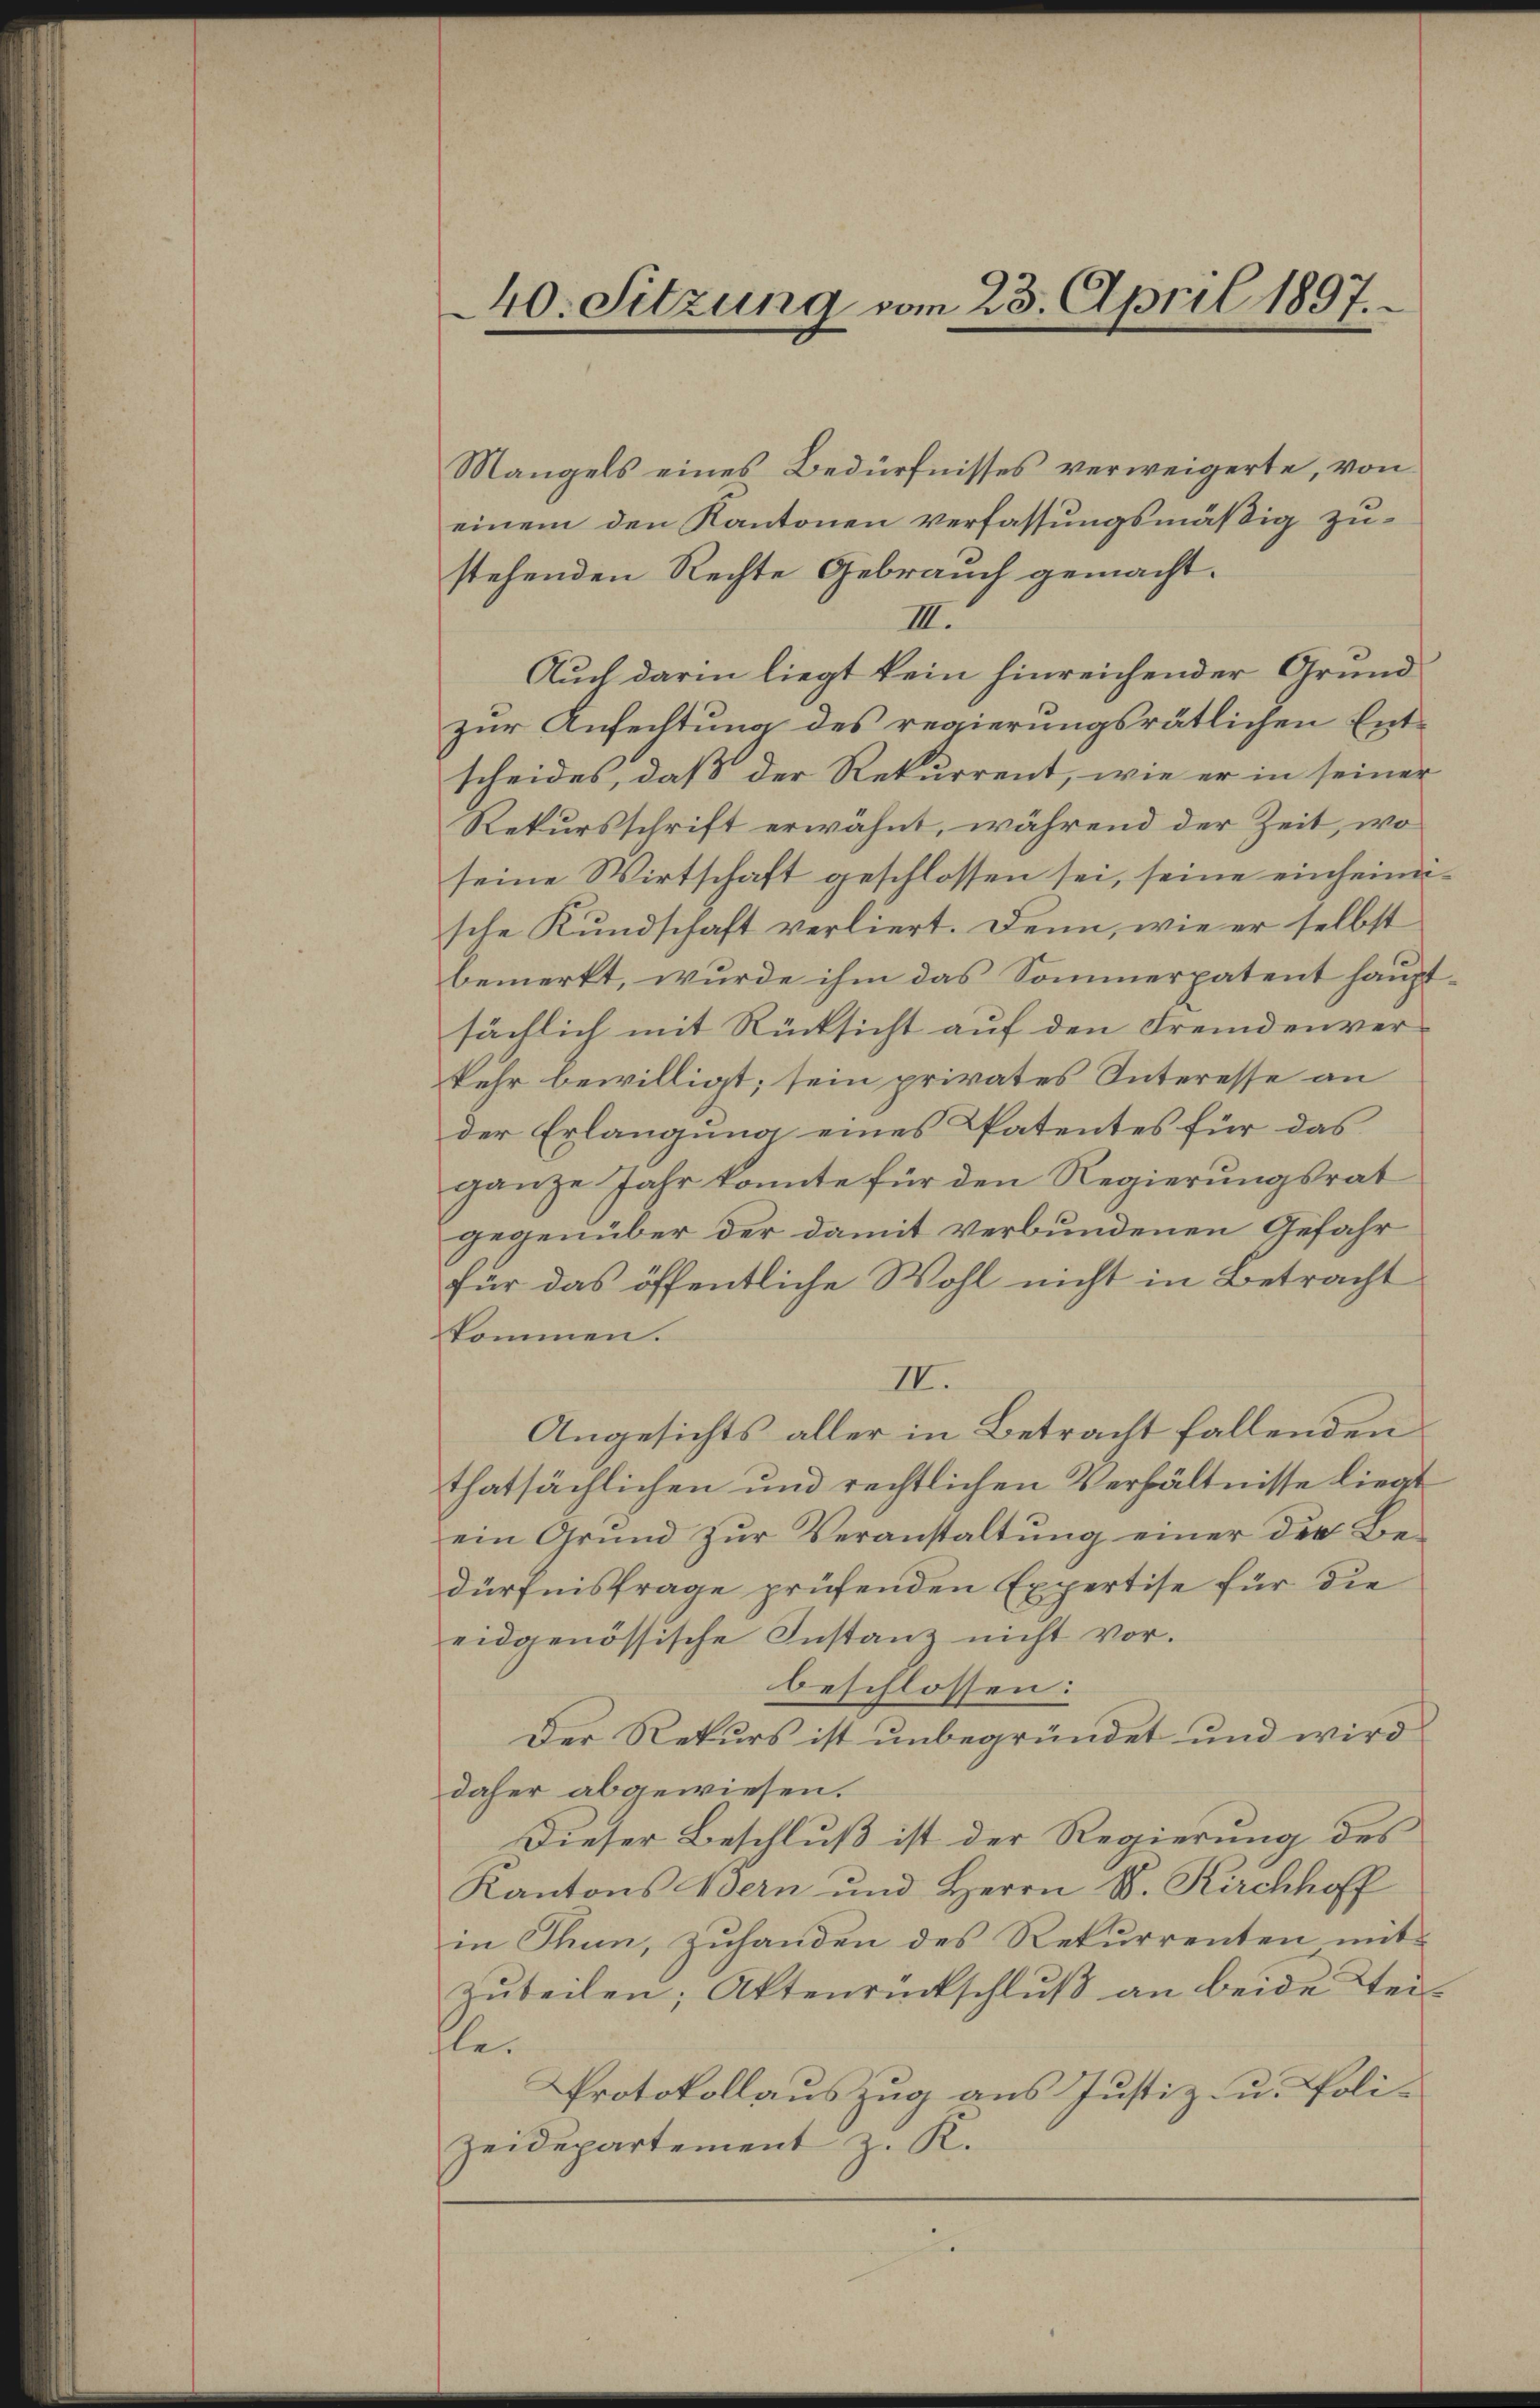
40. Sitzung vom 23. April 1897.

Mangels eines Bedürfnisses verweigerte, von
einem den Kantonen verfassungsmäßig zustehenden Rechte Gebrauch gemacht.
III.
Auch darin liegt kein hinreichender Grundzur Anfechtung des regierungsrätlichen Entscheides, daß der Rekurrent, wie er in seiner
Rekursschrift erwähnt, während der Zeit, wo
seine Wirtschaft geschlossen sei, seine einheimische Kundschaft verliert. Denn, wie er selbst
bemerkt, wurde ihm das Sommerpatent haupt-
sächlich mit Rücksicht auf den Fremdenverkehr bewilligt; sein privates Interesse an
der Erlangung eines Patentes für das
ganze Jahr konnte für den Regierungsrat
gegenüber der damit verbundenen Gefahr
für das öffentliche Wohl nicht in Betracht
kommen.
II.
Angesichts aller in Betracht fallenden
thatsächlichen und rechtlichen Verhältnisse liegt
ein Grund zŭr Veranstaltŭng einer der Be-
dürfnisfrage prüfenden Expertise für die
eidgenössische Instanz nicht vor.
beschlossen:
Der Rekurs ist unbegründet und wird
daher abgewiesen.
Dieser Beschluß ist der Regierung des
Kantons Bern und Herrn S. Kirchhoff
in Thun, zuhanden des Rekurrenten mit
zuteilen; Aktenrückschluß an beide Steifle¬
Protokollauszug aus Justiz- u. Poli¬
Zeidepartement z. K.